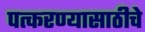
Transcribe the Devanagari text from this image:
पत्करण्यासाठीचे